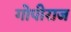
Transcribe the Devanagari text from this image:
गोपीराज